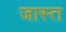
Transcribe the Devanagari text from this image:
जास्‍त्‍ा